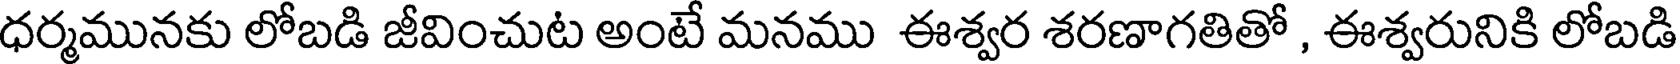
ధర్మమునకు లోబడి జీవించుట అంటే మనము ఈశ్వర శరణాగతితో , ఈశ్వరునికి లోబడి